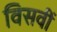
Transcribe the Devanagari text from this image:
विसवीं